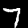
Label: 7